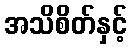
အသိစိတ်နှင့်